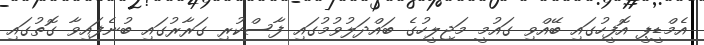
އެމްޑީޕީ އޮފީހުގައި ބޭއްވި ގައުމީ މަޖިލީހުގެ ބައްދަލުވުމުގައި ފާސްކުރި ގަރާރުގައި ބުނެފައިވާ ގޮތުގައި